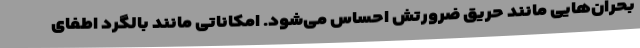
بحران‌هایی مانند حریق ضرورتش احساس می‌شود. امکاناتی مانند بالگرد اطفای